Lunatic asylums Burma 1922-24 - 1922-1924
Year: 1922
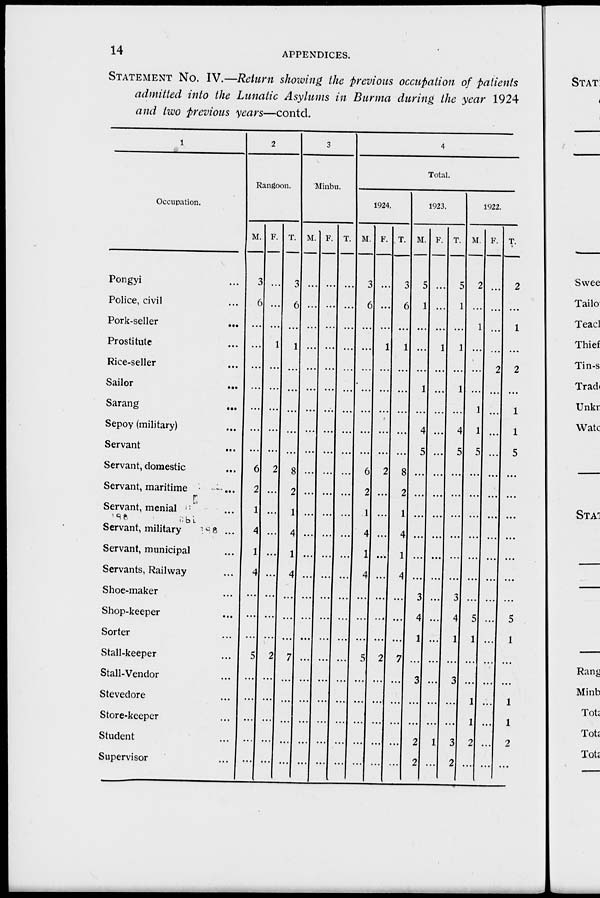
14
APPENDICES.
STATEMENT No. IV.—Return showing the previous occupation of patients
admitted into the Lunatic Asylums in Burma during the year 1924
and two previous years—contd.
1
Occupation.
Pongyi ...
Police, civil ...
Pork-seller
...
Prostitute ...
Rice-seller ...
Sailor
...
Sarang ...
Sepoy (military) ...
Servant ...
Servant, domestic ...
Servant, maritime ...
Servant, menial ...
Servant, military ...
Servant, municipal ...
Servants, Railway ...
Shoe-maker ...
Shop-keeper ...
Sorter ...
Stall-keeper ...
Stall-Vendor ...
Stevedore ...
Store-keeper ...
Student ...
Supervisor ...
2
Rangoon.
M.
3
6
...
...
...
...
...
...
...
6
2
1
4
1
4
...
...
...
5
...
...
...
...
...
F.
...
...
...
1
...
...
...
...
...
2
...
...
...
...
...
...
...
...
2
...
...
...
...
...
T.
3
6
...
1
...
...
...
...
...
8
2
1
4
1
4
...
...
...
7
...
...
...
...
...
3
Minbu.
M.
...
...
...
...
...
...
...
...
...
...
...
...
...
...
...
...
...
...
...
...
...
...
...
...
F.
...
...
...
...
...
...
...
...
...
...
...
...
...
...
...
...
...
...
...
...
...
...
...
...
T.
...
...
...
...
...
...
...
...
...
...
...
...
...
...
...
...
...
...
...
...
...
...
...
...
4
Total.
1924.
M.
3
6
...
...
...
...
...
...
...
6
2
1
4
1
4
...
...
...
5
...
...
...
...
...
F.
...
...
...
1
...
...
...
...
...
2
...
...
...
...
...
...
...
...
2
...
...
...
...
...
T.
3
6
...
1
...
...
...
...
...
8
2
1
4
1
4
...
...
...
7
...
...
...
...
...
1923.
M.
5
1
...
...
...
1
...
4
5
...
...
...
...
...
...
3
4
1
...
3
...
...
2
2
F.
...
...
...
1
...
...
...
...
...
...
...
...
...
...
...
...
...
...
...
...
...
...
1
...
T.
5
1
...
1
...
1
...
4
5
...
...
...
...
...
...
3
4
1
...
3
...
...
3
2
1922.
M.
2
...
1
...
...
...
1
1
5
...
...
...
...
...
...
...
5
1
...
...
1
1
2
...
F.
...
...
...
...
2
...
...
...
...
...
...
...
...
...
...
...
...
...
...
...
...
...
...
...
T.
2
...
1
...
2
...
1
1
5
...
...
...
...
...
...
...
5
1
...
...
1
1
2
...